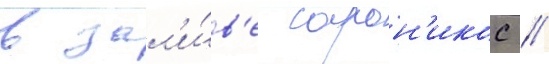
в зал'и́в'е сарон'икос /